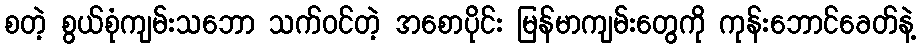
စတဲ့ စွယ်စုံကျမ်းသဘော သက်ဝင်တဲ့ အစောပိုင်း မြန်မာကျမ်းတွေကို ကုန်းဘောင်ခေတ်နဲ့